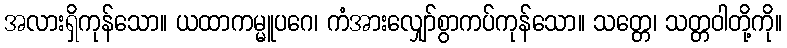
အလားရှိကုန်သော။ ယထာကမ္မူပဂေ၊ ကံအားလျှော်စွာကပ်ကုန်သော။ သတ္တေ၊ သတ္တဝါတို့ကို။